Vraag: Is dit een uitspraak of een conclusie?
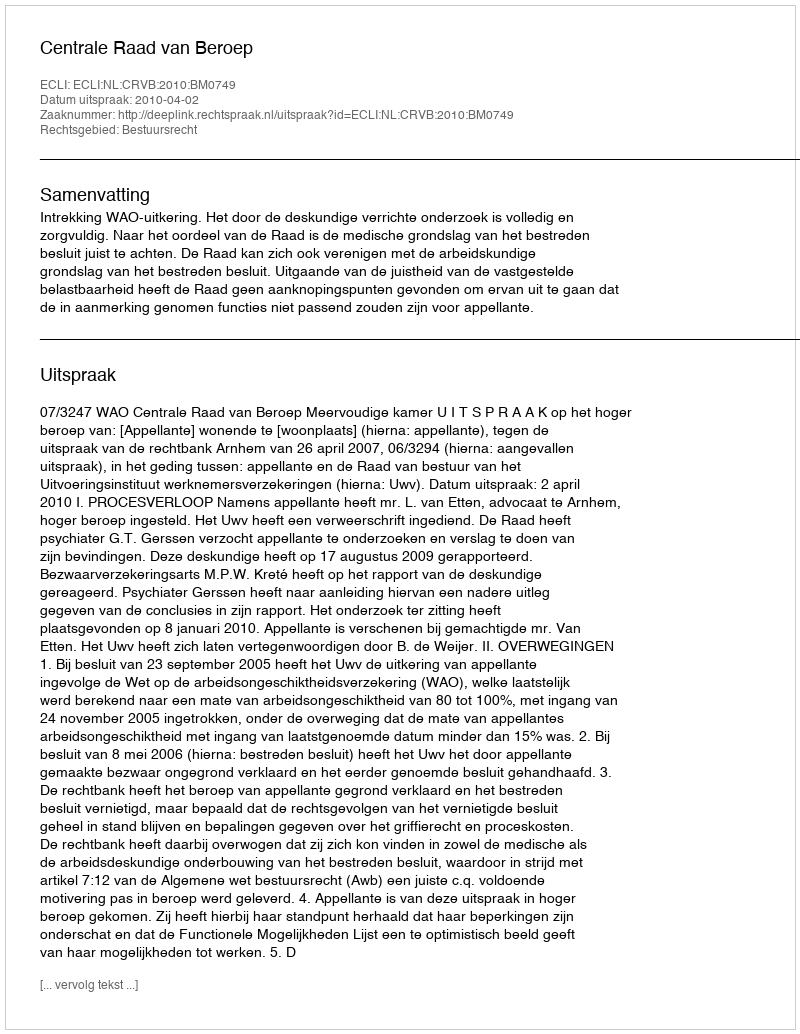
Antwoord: Uitspraak